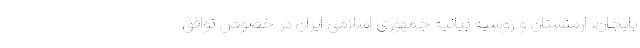
بایجان، ارمنستان و روسیه بیانیه جمهوری اسلامی ایران در خصوص توافق